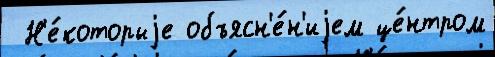
 Н'е́которыjе объясн'е́н'иjем це́нтром